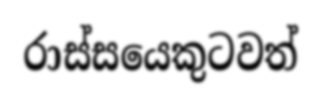
රාස්සයෙකුටවත්